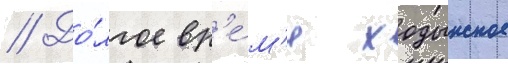
// До́лгое вр'е́м'я ходынское